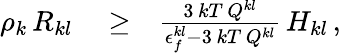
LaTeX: \begin{array}{rlr}{\rho_{k}\, R_{kl}}&{{}\ge}&{\frac{3\, kT\, Q^{kl}}{\epsilon_{f}^{kl}-3\, kT\, Q^{kl}}\, H_{kl}\, ,}\end{array}